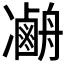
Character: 𠘢